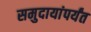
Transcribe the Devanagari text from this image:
समुदायांपर्यंत